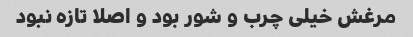
مرغش خیلی چرب و شور بود و اصلا تازه نبود